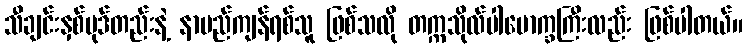
သီချင်းနှစ်ပုဒ်တည်းနဲ့ နာမည်ကျန်ရစ်သူ ဖြစ်သလို တက္ကသိုလ်ပါမောက္ခကြီးလည်း ဖြစ်ပါတယ်။